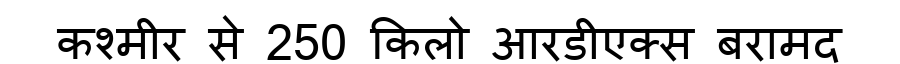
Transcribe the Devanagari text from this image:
कश्मीर से 250 किलो आरडीएक्स बरामद